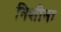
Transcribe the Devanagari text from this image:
निशीना